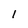
Character: 1